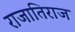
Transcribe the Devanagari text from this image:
राजातिराज